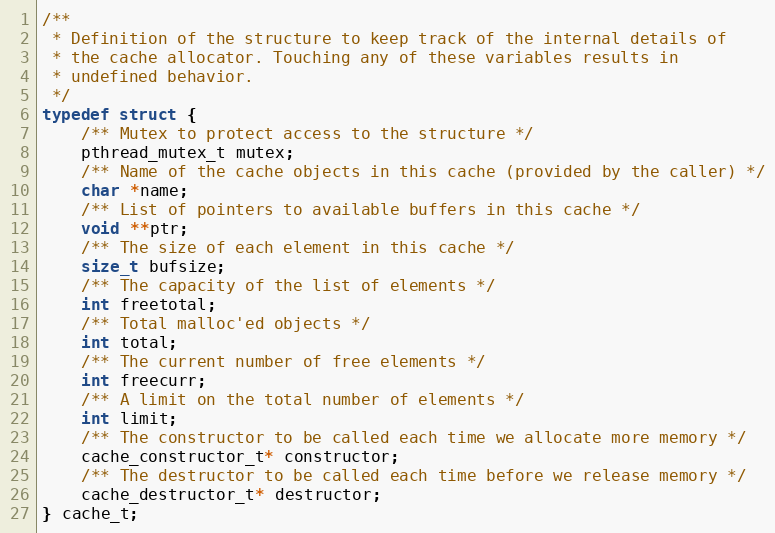
Language: C
/**
 * Definition of the structure to keep track of the internal details of
 * the cache allocator. Touching any of these variables results in
 * undefined behavior.
 */
typedef struct {
    /** Mutex to protect access to the structure */
    pthread_mutex_t mutex;
    /** Name of the cache objects in this cache (provided by the caller) */
    char *name;
    /** List of pointers to available buffers in this cache */
    void **ptr;
    /** The size of each element in this cache */
    size_t bufsize;
    /** The capacity of the list of elements */
    int freetotal;
    /** Total malloc'ed objects */
    int total;
    /** The current number of free elements */
    int freecurr;
    /** A limit on the total number of elements */
    int limit;
    /** The constructor to be called each time we allocate more memory */
    cache_constructor_t* constructor;
    /** The destructor to be called each time before we release memory */
    cache_destructor_t* destructor;
} cache_t;